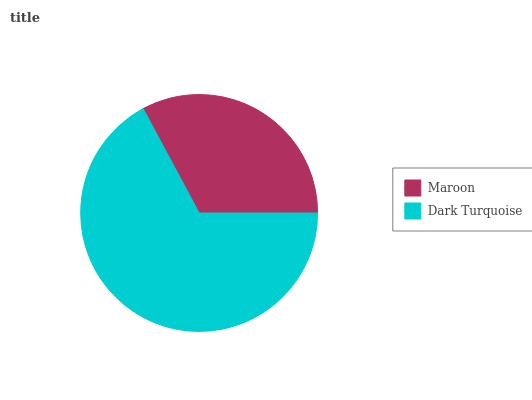
| Maroon | Dark Turquoise |
 | --- | --- |
 | 32.8% | 67.2% |